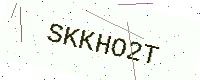
Text: SKKHO2T